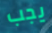
يجب